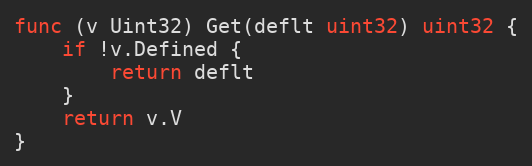
Language: Go
func (v Uint32) Get(deflt uint32) uint32 {
	if !v.Defined {
		return deflt
	}
	return v.V
}